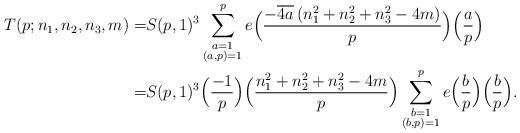
LaTeX: \begin{align*}T(p;n_1,n_2,n_3,m)=&S(p,1)^3\sum_{\substack{a=1\\(a,p)=1}}^pe\Big(\frac{-\overline{4a}\,(n_1^2+n_2^2+n_3^2-4m)}{p}\Big)\Big(\frac{a}{p}\Big)\\=&S(p,1)^3\Big(\frac{-1}{p}\Big)\Big(\frac{n_1^2+n_2^2+n_3^2-4m}{p}\Big)\sum_{\substack{b=1\\(b,p)=1}}^pe\Big(\frac{b}{p}\Big)\Big(\frac{b}{p}\Big).\end{align*}